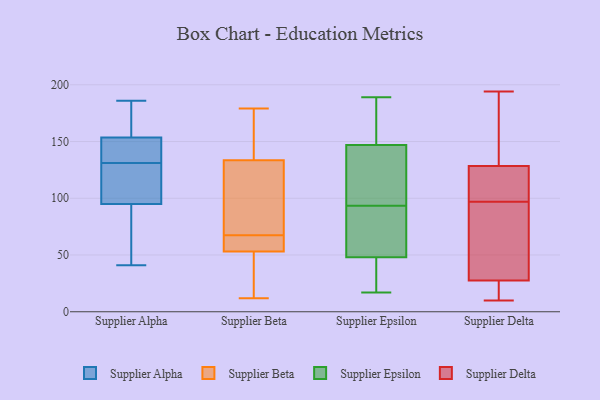
{"axis": {"x": "Latency (ms)", "y": "Value"}, "legend": ["Supplier Alpha", "Supplier Beta", "Supplier Delta", "Supplier Epsilon"], "data": [{"x": "", "y": 138, "type": "Supplier Alpha"}, {"x": "", "y": 83, "type": "Supplier Alpha"}, {"x": "", "y": 41, "type": "Supplier Alpha"}, {"x": "", "y": 120, "type": "Supplier Alpha"}, {"x": "", "y": 180, "type": "Supplier Alpha"}, {"x": "", "y": 130, "type": "Supplier Alpha"}, {"x": "", "y": 65, "type": "Supplier Alpha"}, {"x": "", "y": 168, "type": "Supplier Alpha"}, {"x": "", "y": 186, "type": "Supplier Alpha"}, {"x": "", "y": 107, "type": "Supplier Alpha"}, {"x": "", "y": 132, "type": "Supplier Alpha"}, {"x": "", "y": 139, "type": "Supplier Alpha"}, {"x": "", "y": 70, "type": "Supplier Beta"}, {"x": "", "y": 64, "type": "Supplier Beta"}, {"x": "", "y": 64, "type": "Supplier Beta"}, {"x": "", "y": 151, "type": "Supplier Beta"}, {"x": "", "y": 166, "type": "Supplier Beta"}, {"x": "", "y": 39, "type": "Supplier Beta"}, {"x": "", "y": 179, "type": "Supplier Beta"}, {"x": "", "y": 109, "type": "Supplier Beta"}, {"x": "", "y": 116, "type": "Supplier Beta"}, {"x": "", "y": 42, "type": "Supplier Beta"}, {"x": "", "y": 65, "type": "Supplier Beta"}, {"x": "", "y": 12, "type": "Supplier Beta"}, {"x": "", "y": 102, "type": "Supplier Epsilon"}, {"x": "", "y": 53, "type": "Supplier Epsilon"}, {"x": "", "y": 147, "type": "Supplier Epsilon"}, {"x": "", "y": 171, "type": "Supplier Epsilon"}, {"x": "", "y": 85, "type": "Supplier Epsilon"}, {"x": "", "y": 32, "type": "Supplier Epsilon"}, {"x": "", "y": 48, "type": "Supplier Epsilon"}, {"x": "", "y": 30, "type": "Supplier Epsilon"}, {"x": "", "y": 122, "type": "Supplier Epsilon"}, {"x": "", "y": 75, "type": "Supplier Epsilon"}, {"x": "", "y": 157, "type": "Supplier Epsilon"}, {"x": "", "y": 45, "type": "Supplier Epsilon"}, {"x": "", "y": 107, "type": "Supplier Epsilon"}, {"x": "", "y": 189, "type": "Supplier Epsilon"}, {"x": "", "y": 17, "type": "Supplier Epsilon"}, {"x": "", "y": 75, "type": "Supplier Epsilon"}, {"x": "", "y": 105, "type": "Supplier Epsilon"}, {"x": "", "y": 148, "type": "Supplier Epsilon"}, {"x": "", "y": 69, "type": "Supplier Delta"}, {"x": "", "y": 72, "type": "Supplier Delta"}, {"x": "", "y": 26, "type": "Supplier Delta"}, {"x": "", "y": 32, "type": "Supplier Delta"}, {"x": "", "y": 83, "type": "Supplier Delta"}, {"x": "", "y": 154, "type": "Supplier Delta"}, {"x": "", "y": 129, "type": "Supplier Delta"}, {"x": "", "y": 109, "type": "Supplier Delta"}, {"x": "", "y": 10, "type": "Supplier Delta"}, {"x": "", "y": 127, "type": "Supplier Delta"}, {"x": "", "y": 97, "type": "Supplier Delta"}, {"x": "", "y": 15, "type": "Supplier Delta"}, {"x": "", "y": 25, "type": "Supplier Delta"}, {"x": "", "y": 180, "type": "Supplier Delta"}, {"x": "", "y": 194, "type": "Supplier Delta"}, {"x": "", "y": 20, "type": "Supplier Delta"}, {"x": "", "y": 125, "type": "Supplier Delta"}, {"x": "", "y": 189, "type": "Supplier Delta"}, {"x": "", "y": 109, "type": "Supplier Delta"}]}